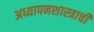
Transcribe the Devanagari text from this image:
अध्यापनशास्त्राची